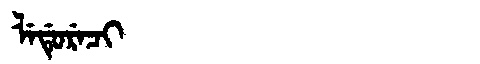
Manchu: ᠯᡝᡩᡠᡵᡝᠴᡳ
Romanization: LEDURECI